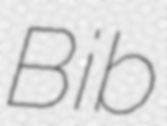
Bib